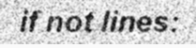
if not lines: